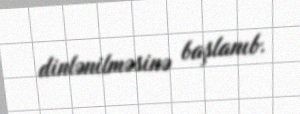
dinlənilməsinə başlanıb.